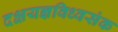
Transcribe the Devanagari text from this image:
दक्षयज्ञविध्वसंक